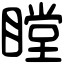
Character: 瞠